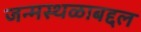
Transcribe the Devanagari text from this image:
जन्मस्थळाबद्दल